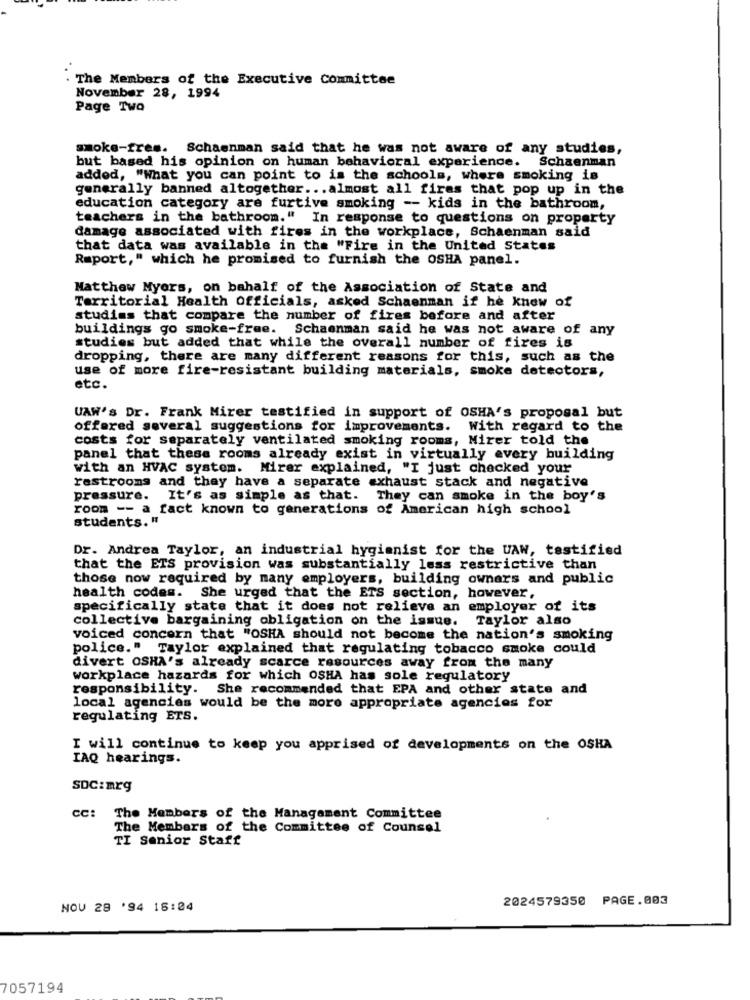
The Members of the Executive committee
November 28, 1994
Page Two
smoke-fres. Schaenman said that he was not aware of any studies,
but based his opinion on human behavioral experience. Schaenman
added, "What you can point to is the schools, where smoking is
generally banned altogether ... almost all firas that pop up in the
education category are furtive smoking -- kids in the bathroom,
teachers in the bathroom." In response to questions on property
damage associated with fires in the workplace, Schaenman said
that data was available in the "Fire in the United States
Raport," which he promised to furnish the OSHA panel.
Matthew Myers, on behalf of the Association of State and
Territorial Health Officials, asked Schaenman if he knew of
studims that compare the number of fires before and after
buildings go smoke-free. Schaenman said he was not aware of any
studies but added that while the overall number of fires is
dropping, there are many different reasons for this, such as the
use of more fire-resistant building materials, smoke detectors,
etc.
UAW's Dr. Frank Mirer testified in support of OSHA's proposal but
offered several suggestions for improvements. With regard to the
costs for separately ventilated smoking rooms, Mirer told the
panel that these rooms already exist in virtually every building
with an HVAC system. Mirer explained, "I just checked your
restrooms and they have a separate exhaust stack and negative
pressure. It's as simple as that. They can smoke in the boy's
room -- a fact known to generations of American high school
students. "
Dr. Andrea Taylor, an industrial hygienist for the UAW, testified
that the ETS provision was substantially less restrictive than
those now required by many employers, building owners and public
health codes. She urged that the ETS section, however,
specifically state that it does not relieve an employer of its
collective bargaining obligation on the issue. Taylor also
voiced concern that "OSHA should not become the nation's smoking
police." Taylor explained that regulating tobacco smoke could
divert OSHA's already scarce resources away from the many
workplace hazards for which OSHA has sole regulatory
responsibility. She recommended that EPA and other state and
local agencies would be the more appropriate agencies for
regulating ETS.
I will continue to keep you apprised of developments on the OSHA
IAQ hearings.
SDC:mrg
CC:
The Members of the Management Committee
The Members of the Committee of Counsel
TI Senior Staff
2024579350 PAGE.003
NOV 28 '94 18:04
7057194